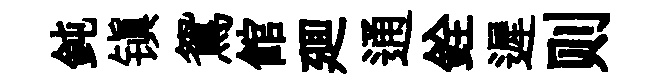
鈍镇鴛館廽通銓遲则